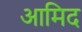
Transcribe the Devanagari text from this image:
आमिद